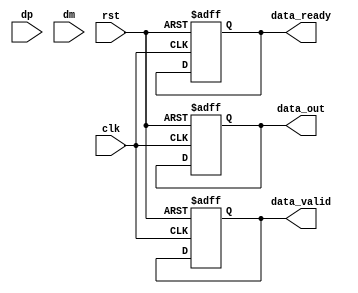
module usb_interface (
    input wire clk,
    input wire rst,
    input wire dp, // D+ line
    input wire dm, // D- line
    output reg [7:0] data_out,
    output reg data_valid,
    output reg data_ready
);
    // USB protocol state machine and logic would go here
    // For simplicity, we will skip the actual implementation details

    initial begin
        data_valid = 0;
        data_ready = 0;
    end

    // Placeholder for receiving data
    always @(posedge clk or posedge rst) begin
        if (rst) begin
            data_out <= 8'b0;
            data_valid <= 0;
            data_ready <= 0;
        end else begin
            // USB data receiving logic
            // Setting data_out, data_valid, and data_ready accordingly
        end
    end
endmodule